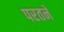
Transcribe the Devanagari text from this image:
परतने